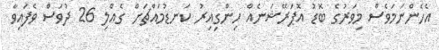
އެހެންނަމަވެސް މިވަރުގެ ބޮޑު އޮޕަރޭޝަނެއް ހިންގިއިރު ކަނޑުމައްޗަށް ގެއްލި 26 ދުވަސް ވެފައިވާ